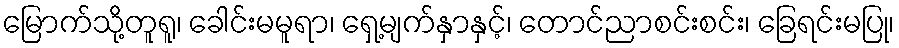
မြောက်သို့တူရူ၊ ခေါင်းမမူရာ၊ ရှေ့မျက်နှာနှင့်၊ တောင်ညာစင်းစင်း၊ ခြေရင်းမပြု၊